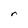
Character: r